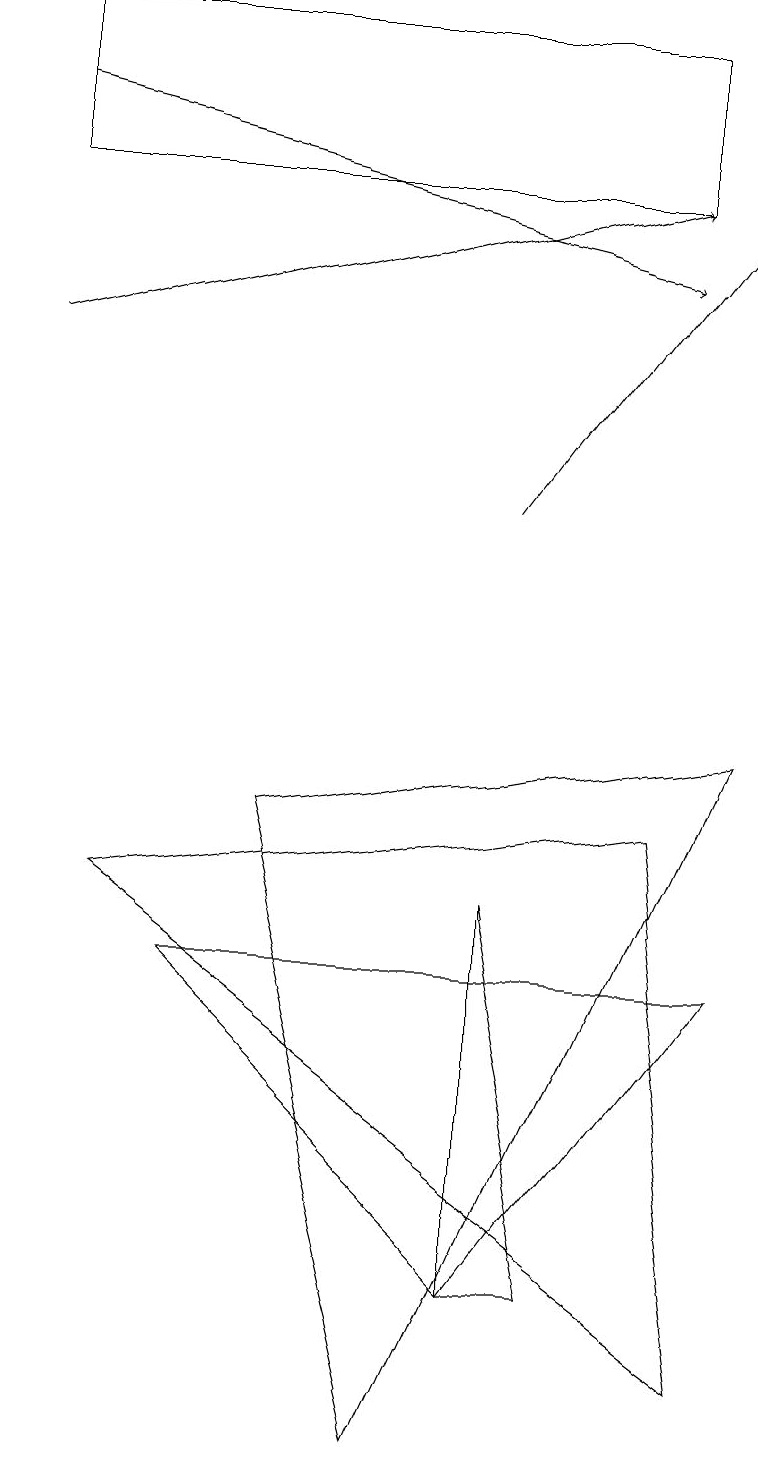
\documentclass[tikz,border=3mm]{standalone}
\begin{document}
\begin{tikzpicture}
\draw (8,8) -- (1,7) -- (9,1) -- cycle;
\draw (0,18) rectangle (8,16);
\draw[->] (0,17) -- (8,15);
\draw[->] (6,12) -- (9,16);
\draw[->] (0,14) -- (8,16);
\draw (6,2) -- (6,7) -- (7,2) -- cycle;
\draw (2,6) -- (6,2) -- (9,6) -- cycle;
\draw (5,0) -- (9,9) -- (3,8) -- cycle;
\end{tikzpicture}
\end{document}